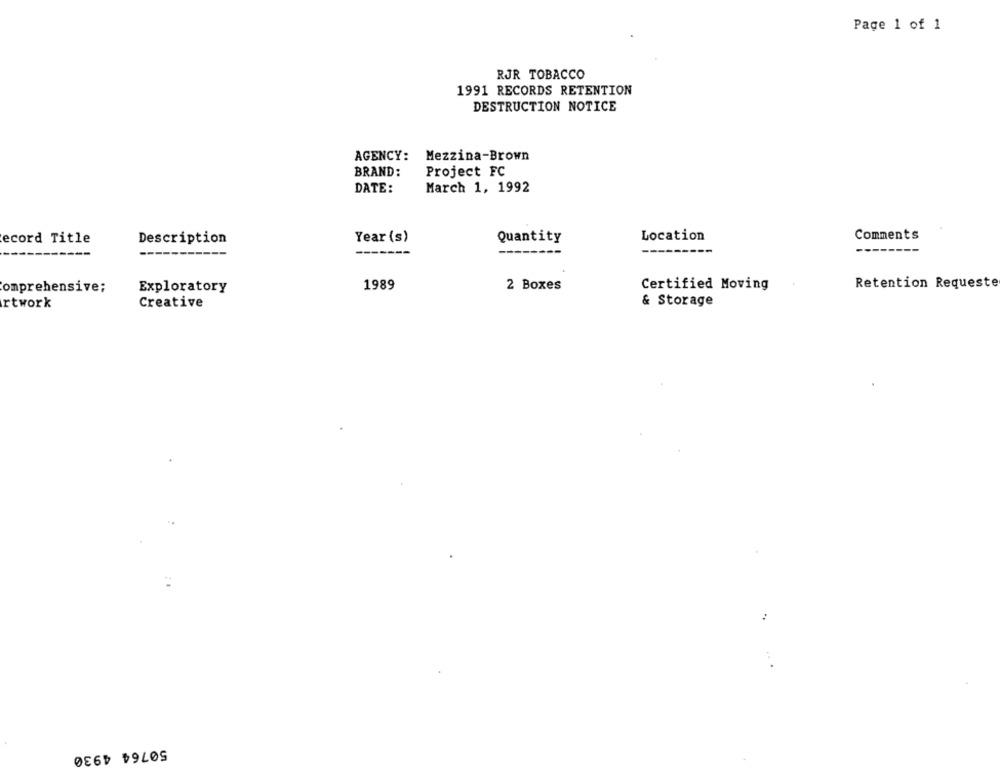
Page 1 of 1
RJR TOBACCO
1991 RECORDS RETENTION
DESTRUCTION NOTICE
AGENCY: Mezzina-Brown
BRAND:
Project FC
DATE:
March 1, 1992
ecord Title
Description
Year (s)
Quantity
Location
Comments
1989
Certified Moving
Retention Requeste
comprehensive;
Exploratory
2 Boxes
rtwork
Creative
& Storage
50764 4930